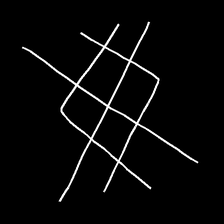
Glyph: crystal